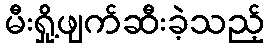
မီးရှို့ဖျက်ဆီးခဲ့သည့်